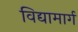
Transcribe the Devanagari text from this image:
विद्यामार्ग